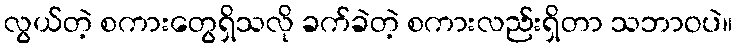
လွယ်တဲ့ စကားတွေရှိသလို ခက်ခဲတဲ့ စကားလည်းရှိတာ သဘာဝပဲ။